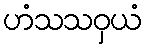
ဟံသသဝှယံ